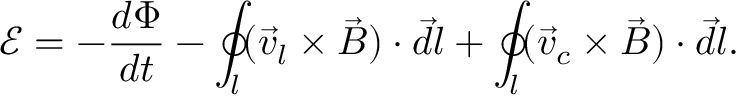
{ \mathcal E } = - \frac { d \Phi } { d t } - \oint _ { l } ( \vec { v } _ { l } \times \vec { B } ) \cdot \vec { d l } + \oint _ { l } ( \vec { v } _ { c } \times \vec { B } ) \cdot \vec { d l } .